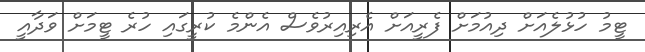
ޓީމު ހުޅުލެއަށް ދިއުމަށް ފެރީއަށް އެރިއިރުވެސް އެންމެ ކުރީގައި ހުރެ ޓީމަށް ވަދާއީ